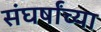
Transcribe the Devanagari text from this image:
संघर्षांच्या